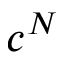
c ^ { N }